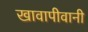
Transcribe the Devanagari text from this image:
खावापीवानी